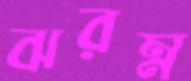
ঝরম্ন